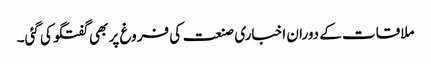
ملاقات کے دوران اخباری صنعت کی فروغ پر بھی گفتگو کی گئی۔